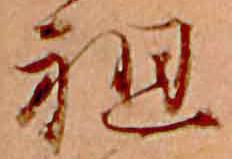
祖